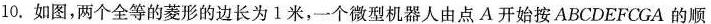
10.如图，两个全等的菱形的边长为1米，一个微型机器人由点A开始按ABCDEFCGA的顺